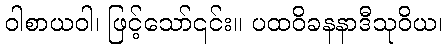
ဝါစာယဝါ၊ ဖြင့်သော်၎င်း။ ပထဝိခနနာဒီသုဝိယ၊